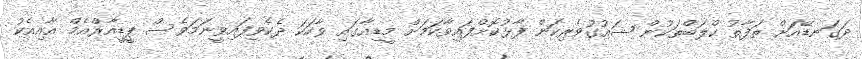
ދަގަނޑޭއަށް ތަފާތު ކްލަބްތަކުން ޝައުގުވެރިކަން ފާޅުކޮށްފައިވާކަމަށް މީޑިއާގައި ވާހަކަ ދެކެވިފައިވީނަމަވެސް ޕީޑީއާރްއެމް އާއިއެކު